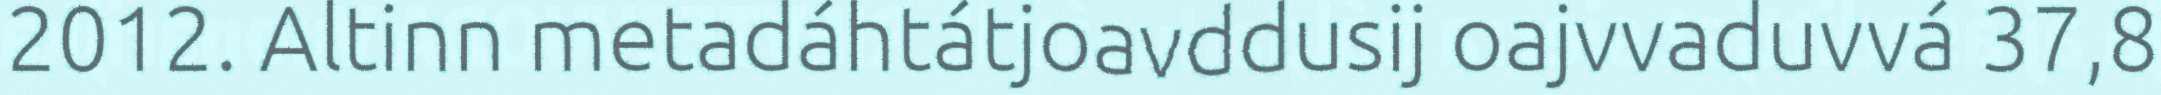
2012. Altinn metadáhtátjoavddusij oajvvaduvvá 37,8